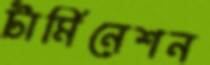
টার্মিনেশন